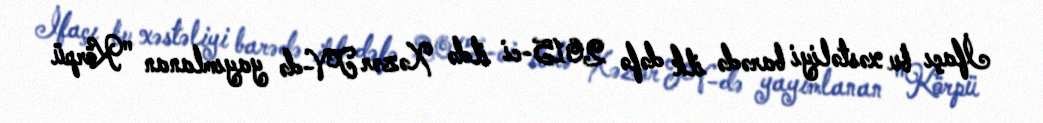
İfaçı bu xəstəliyi barədə ilk dəfə 2015-ci ildə Xəzər TV-də yayımlanan "Körpü